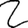
Digit: 2